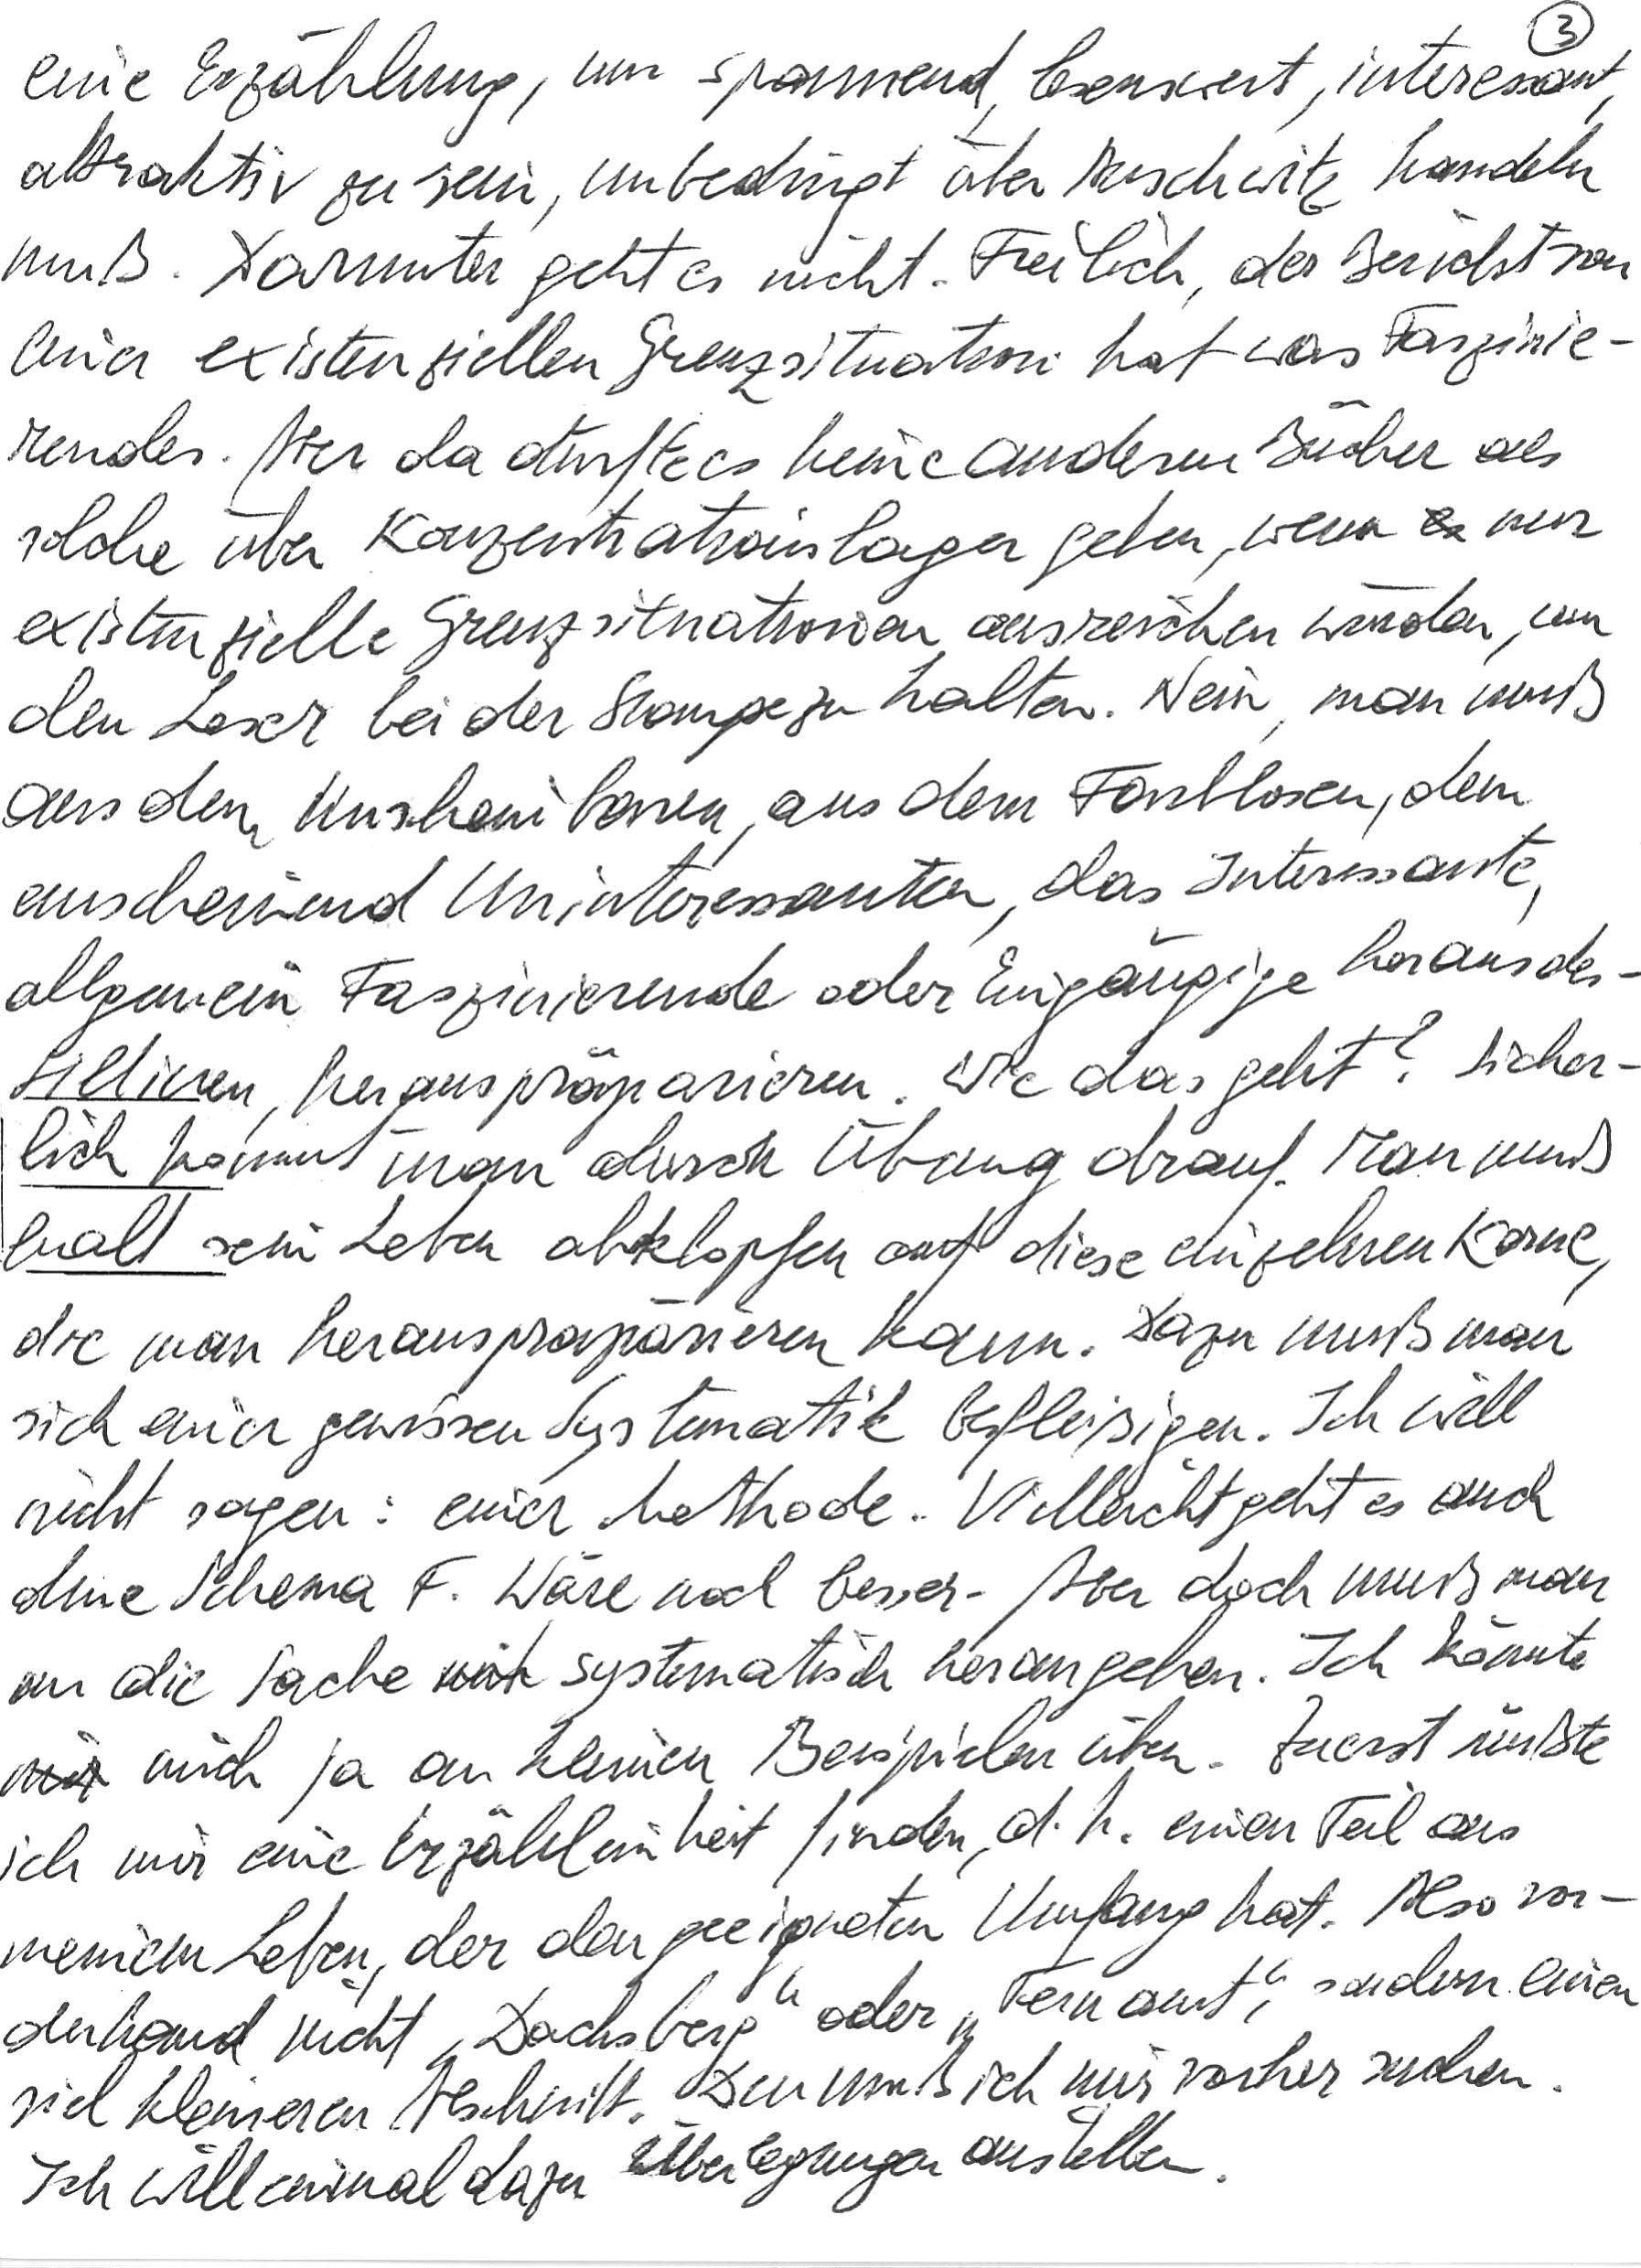
eine Erzählung, um spannend, lesenswert, interessant,
attraktiv zu sein, unbedingt über Auschwitz handeln
muß. Darunter geht es nicht. Freilich, der Bericht von
einer existenziellen Grenzsituation hat was Faszinie-
rendes. Aber da dürfte es keine anderen Bücher als
solche über Konzentrationslager geben, wenn nur
existenzielle Grenzsituationen ausreichen würden, um
den Leser bei der Stange zu halten. Nein, man muß
aus dem Unscheinbaren, aus dem Farblosen, dem
anscheinend Uninteressanten, das Interessante,
allgemein Faszinierende oder Eingängige herausdes-
tillieren, herauspräparieren. Und wie geht das? Sicher-
lich kommt man durch Übung drauf. Man muß
halt sein Leben abklopfen auf diese einzelnen Kerne,
die man herauspräparieren kann. Dazu muß man
sich einer gewissen Systematik befleißigen. Ich will
nicht sagen: einer Methode. Vielleicht geht es auch
ohne Schema F. Wäre noch besser. Aber doch muß man
an die Sache systematisch herangehen. Ich könnte
mich ja an kleinen Beispielen üben. Zuerst müßte
ich mir eine Erzähleinheit finden, d. h. einen Teil aus
meinem Leben, der den geeigneten Umfang hat. Also vor-
derhand nicht „Dachsberg“ oder „Fernamt“, sondern einen
viel kleineren Abschnitt. Den muß ich mir vorher suchen.
Ich will einmal dazu Überlegungen anstellen.